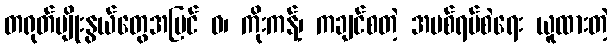
တရုတ်မျိုးနွယ်တွေအပြင် ဝ၊ ကိုးကန့်၊ ကချင်စတဲ့ အပစ်ရပ်စဲရေး ယူထားတဲ့